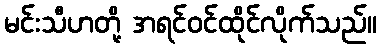
မင်းသီဟတို့ အရင်ဝင်ထိုင်လိုက်သည်။